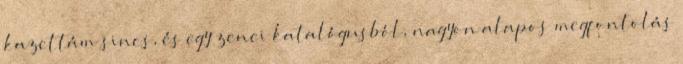
kazettám sincs, és egy zenei katalógusból, nagyon alapos megfontolás